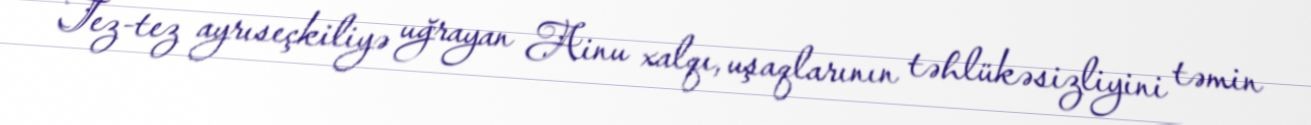
Tez-tez ayrıseçkiliyə uğrayan Ainu xalqı, uşaqlarının təhlükəsizliyini təmin